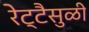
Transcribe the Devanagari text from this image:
रेट्टैसुळी